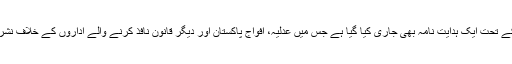
پیمرا ایکٹ کی دفعہ ستائیس کے تحت ایک ہدایت نامہ بھی جاری کیا گیا ہے جس میں عدلیہ، افواج پاکستان اور دیگر قانون نافذ کرنے والے اداروں کے خلاف نشریات ممنوع قرار دی گئی ہیں۔